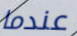
عندما